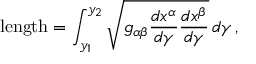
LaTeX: { \mathrm { l e n g t h } } = \int _ { y _ { 1 } } ^ { y _ { 2 } } { \sqrt { g _ { \alpha \beta } { \frac { d x ^ { \alpha } } { d \gamma } } { \frac { d x ^ { \beta } } { d \gamma } } } } \, d \gamma \, ,